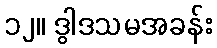
၁၂။ ဒွါဒသမအခန်း